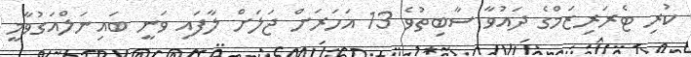
ކުރި ޓެރަރިޒަމްގެ ދައުވާ ސާބިތުވެ 13 އަހަރަށް ޖަލަށް ލާފައި ވަނީ ބައިނަލްއަގުވާމީ